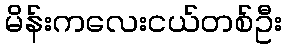
မိန်းကလေးငယ်တစ်ဦး